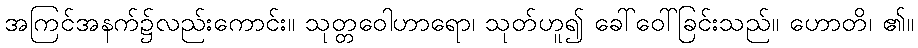
အကြင်အနက်၌လည်းကောင်း။ သုတ္တဝေါဟာရော၊ သုတ်ဟူ၍ ခေါ်ဝေါ်ခြင်းသည်။ ဟောတိ၊ ၏။